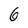
Character: 6